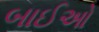
બાઈઓ